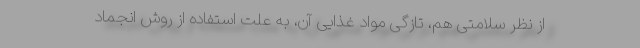
از نظر سلامتی هم، تازگی مواد غذایی آن، به علت استفاده از روش انجماد